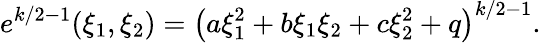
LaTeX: e^{k/2-1}(\xi_{1},\xi_{2})=\left(a\xi_{1}^{2}+b\xi_{1}\xi_{2}+c\xi_{2}^{2}+q\right)^{k/2-1}.